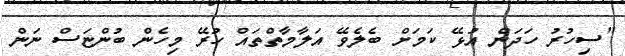
"ސިހުރު ހަދަން އުޅޭ ކަމަށް ބެލެވޭ އަލާމާތްތައް ހުރޭ މިހެން ބުންޏަސް ނަން